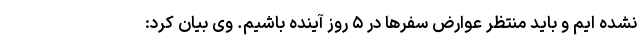
نشده ایم و باید منتظر عوارض سفر‌ها در ۵ روز آینده باشیم. وی بیان کرد: